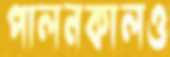
পালনকালও